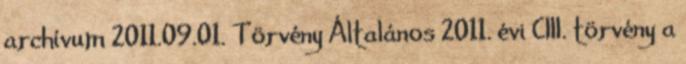
archívum 2011.09.01. Törvény Általános 2011. évi CIII. törvény a